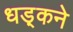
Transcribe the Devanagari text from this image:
धड़्कने